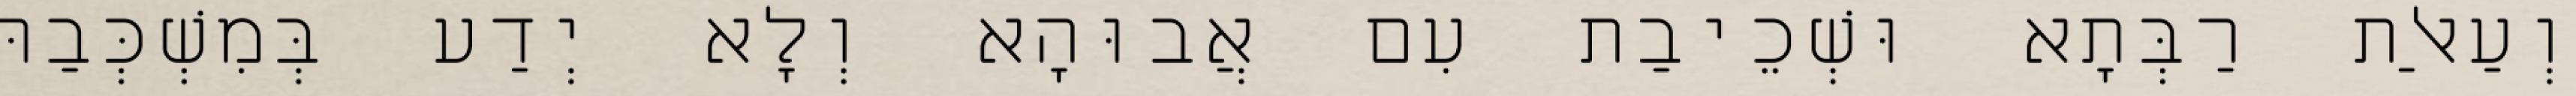
וְעַאלַת רַבְּתָא וּשְׁכֵיבַת עִם אֲבוּהָא וְלָא יְדַע בְּמִשְׁכְּבַהּ